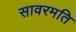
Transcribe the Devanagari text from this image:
सावरमति